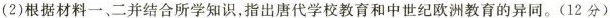
(2)根据材料一、二并结合所学知识，指出唐代学校教育和中世纪欧洲教育的异同。(12分)